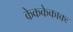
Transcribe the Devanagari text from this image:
केककेकाकः